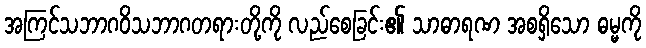
အကြင်သဘာဂဝိသဘာဂတရားတို့ကို လည်စေခြင်း၏ သာဓာရဏ အစရှိသော ဓမ္မကို